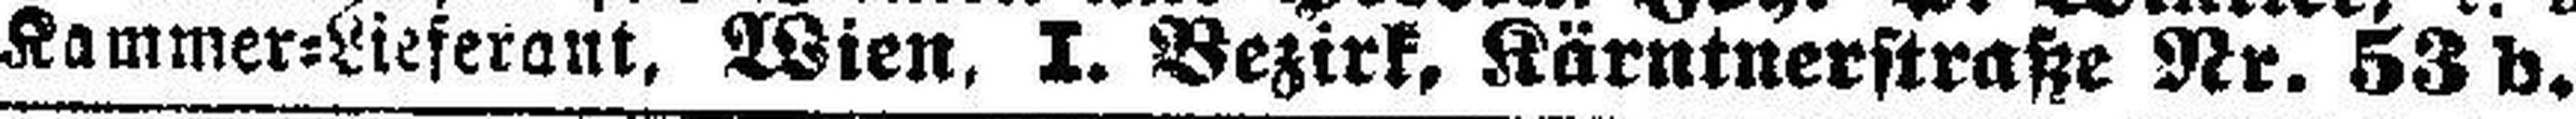
Kammer=Lieferant, Wien, I. Bezirk, Kärntnerstraße Nr. 53 b.